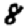
Digit: 8